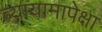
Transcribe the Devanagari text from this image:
व्यायामापेक्षा